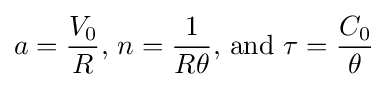
a={\frac {V_{0}}{R}}{\text{, }}n={\frac {1}{R\theta }}{\text{, and }}\tau ={\frac {C_{0}}{\theta }}